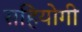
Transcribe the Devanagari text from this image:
सहियोगी